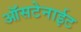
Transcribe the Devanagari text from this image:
ऑसटेनाईट